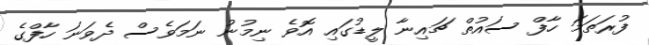
ފުރަތަމަ ހާފް ސައުތް ޗައިނާ ލީޑުގައި އޮވެ ނިމުނު ނަމަވެސް ދެވަނަ ހާފްގެ